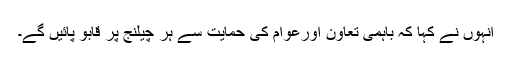
انہوں نے کہا کہ باہمی تعاون اورعوام کی حمایت سے ہر چیلنج پر قابو پائیں گے۔